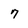
Character: 7